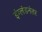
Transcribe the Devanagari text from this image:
इंग्लंडनंतर